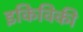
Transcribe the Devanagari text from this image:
इकिविकी